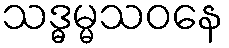
သဒ္ဓမ္မသဝနေ